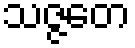
သဇ္ဇတေ